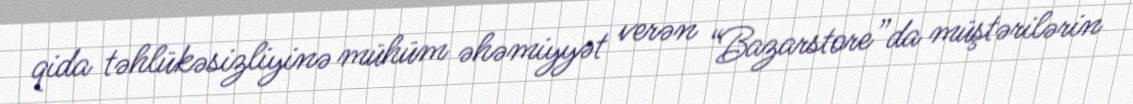
qida təhlükəsizliyinə mühüm əhəmiyyət verən “Bazarstore”da müştərilərin